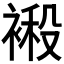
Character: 𮖙